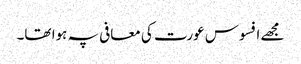
مجھے افسوس عورت کی معافی پہ ہوا تھا۔